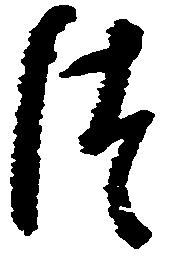
つ